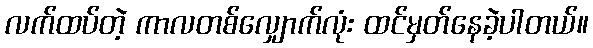
လက်ထပ်တဲ့ ကာလတစ်လျှောက်လုံး ထင်မှတ်နေခဲ့ပါတယ်။